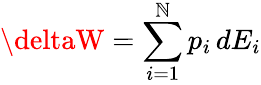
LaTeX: \deltaW=\sum_{i=1}^{\mathbb{N}}p_{i}\, dE_{i}